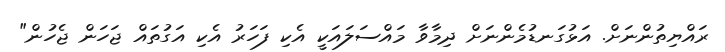
ރައްޔިތުންނަށް. އަޅުގަނޑުމެންނަށް ދިމާވާ މައްސަލައަކީ އެކި ފަހަރު އެކި އަގުތައް ޖަހަން ޖެހުން"